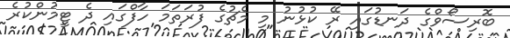
ބޮރިސޯވްގެ ދަނޑުގައި ރޭ ކުޅުނު މި މެޗުގެ ފުރަތަމަ ހާފްގައި ދެ ޓީމުންކުރެ